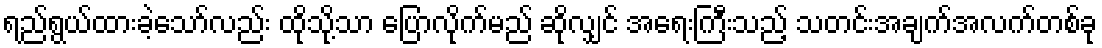
ရည်ရွယ်ထားခဲ့သော်လည်း ထိုသို့သာ ပြောလိုက်မည် ဆိုလျှင် အရေးကြီးသည့် သတင်းအချက်အလက်တစ်ခု